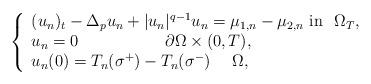
LaTeX: \begin{align*}\left\{ \begin{array}{l}(u_{n})_{t}-\Delta _{p}u_{n}+|u_{n}|^{q-1}u_{n}=\mu _{1,n}-\mu _{2,n}~\text{in }~\Omega _{T}, \\ u_{n}=0~~~~~~~~~~~~~~~~\partial \Omega \times (0,T), \\ u_{n}(0)=T_{n}(\sigma ^{+})-T_{n}(\sigma ^{-})~~~~\Omega ,\end{array}\right. \end{align*}